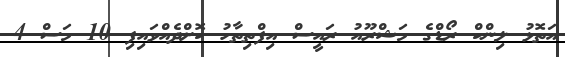
އަތޮޅު ލިންކް ރޯޑްގެ މަޝްރޫއު ރައީސް އިފްތިތާހު ކޮށްދެއްވައިފި 10 މަސް 4